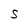
Character: S